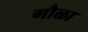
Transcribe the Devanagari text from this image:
गौळा